Report of an investigation into the causes of the diseases known in Assam as Kála-Azár and Beri-Beri
Disease focus: Beri-Beri
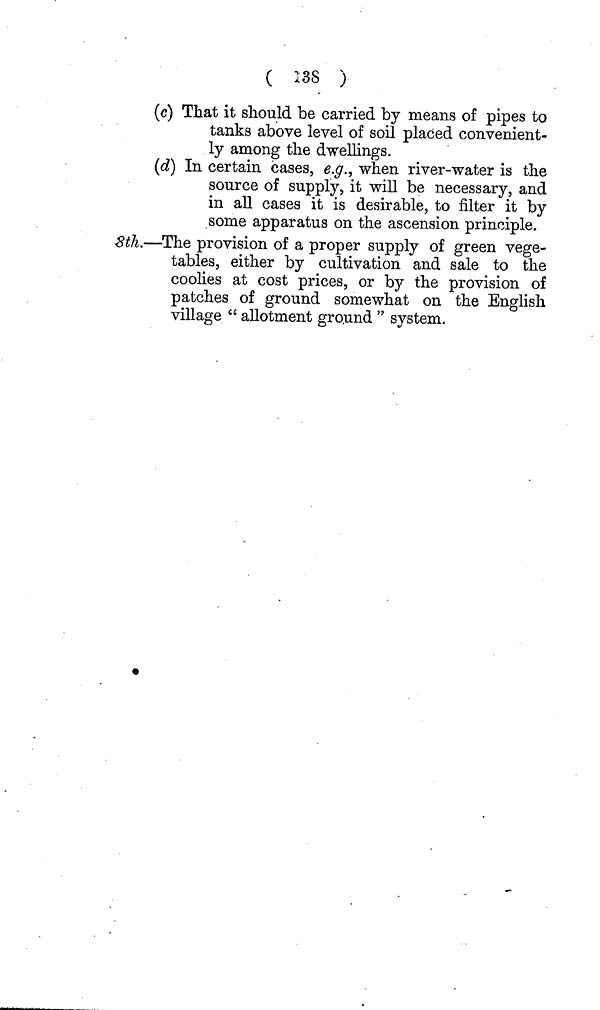
( 138 )
(c) That it should be carried by means of pipes to
tanks above level of soil placed convenient-
ly among the dwellings.
(d) In certain cases, e.g., when river-water is the
source of supply, it will be necessary, and
in all cases it is desirable, to filter it by
some apparatus on the ascension principle.
8th.—The provision of a proper supply of green vege-
tables, either by cultivation and sale to the
coolies at cost prices, or by the provision of
patches of ground somewhat on the English
village " allotment ground " system.